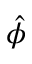
\hat { \phi }